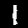
Digit: 1